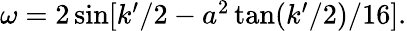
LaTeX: \begin{array}{r}{\omega=2\sin[k^{\prime}/2-a^{2}\tan(k^{\prime}/2)/16].}\end{array}